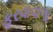
ફરવાવાળા